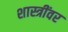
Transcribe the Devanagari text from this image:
शास्त्रींवर